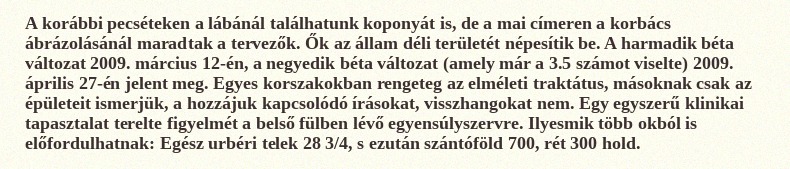
A korábbi pecséteken a lábánál találhatunk koponyát is, de a mai címeren a korbács ábrázolásánál maradtak a tervezők. Ők az állam déli területét népesítik be. A harmadik béta változat 2009. március 12-én, a negyedik béta változat (amely már a 3.5 számot viselte) 2009. április 27-én jelent meg. Egyes korszakokban rengeteg az elméleti traktátus, másoknak csak az épületeit ismerjük, a hozzájuk kapcsolódó írásokat, visszhangokat nem. Egy egyszerű klinikai tapasztalat terelte figyelmét a belső fülben lévő egyensúlyszervre. Ilyesmik több okból is előfordulhatnak: Egész urbéri telek 28 3/4, s ezután szántóföld 700, rét 300 hold.